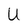
Character: U